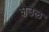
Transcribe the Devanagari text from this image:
शेउल